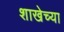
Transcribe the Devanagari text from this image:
शाखेच्‍या